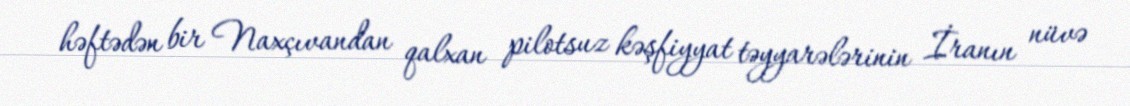
həftədən bir Naxçıvandan qalxan pilotsuz kəşfiyyat təyyarələrinin İranın nüvə